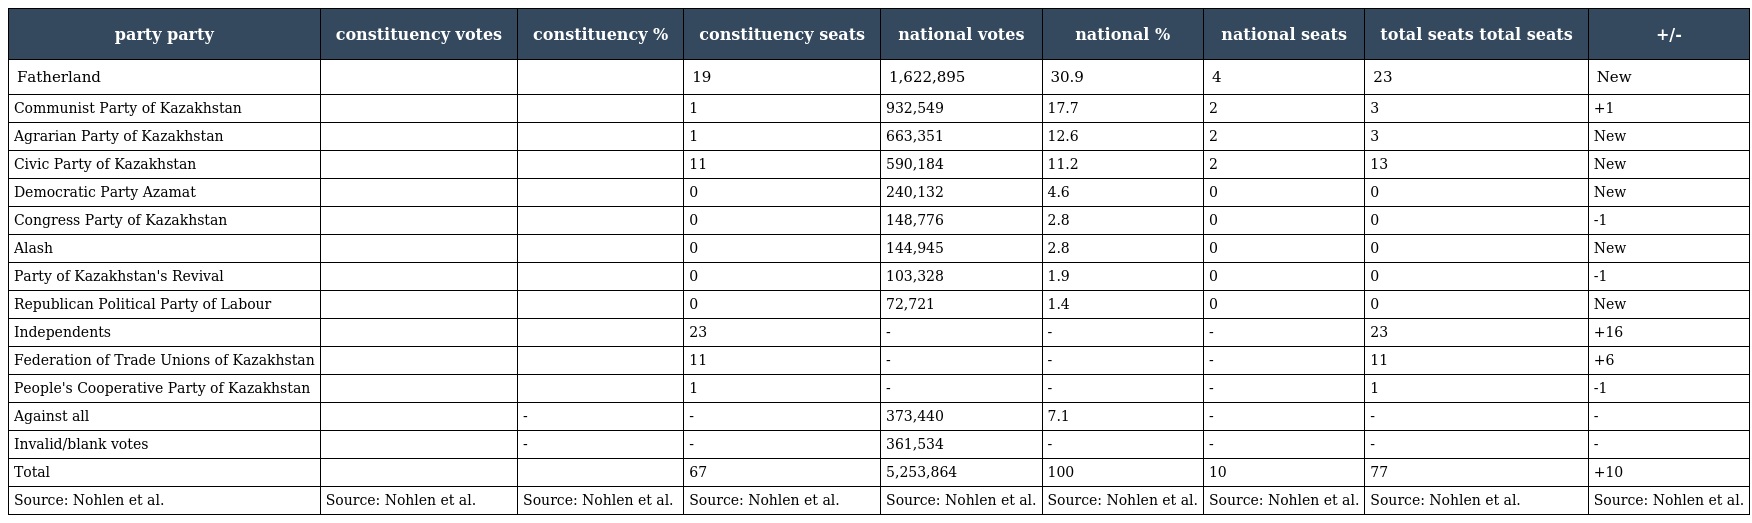
| party party | constituency votes | constituency % | constituency seats | national votes | national % | national seats | total seats total seats | +/- |
 | --- | --- | --- | --- | --- | --- | --- | --- | --- |
 | Fatherland |  |  | 19 | 1,622,895 | 30.9 | 4 | 23 | New |
 | Communist Party of Kazakhstan |  |  | 1 | 932,549 | 17.7 | 2 | 3 | +1 |
 | Agrarian Party of Kazakhstan |  |  | 1 | 663,351 | 12.6 | 2 | 3 | New |
 | Civic Party of Kazakhstan |  |  | 11 | 590,184 | 11.2 | 2 | 13 | New |
 | Democratic Party Azamat |  |  | 0 | 240,132 | 4.6 | 0 | 0 | New |
 | Congress Party of Kazakhstan |  |  | 0 | 148,776 | 2.8 | 0 | 0 | -1 |
 | Alash |  |  | 0 | 144,945 | 2.8 | 0 | 0 | New |
 | Party of Kazakhstan's Revival |  |  | 0 | 103,328 | 1.9 | 0 | 0 | -1 |
 | Republican Political Party of Labour |  |  | 0 | 72,721 | 1.4 | 0 | 0 | New |
 | Independents |  |  | 23 | - | - | - | 23 | +16 |
 | Federation of Trade Unions of Kazakhstan |  |  | 11 | - | - | - | 11 | +6 |
 | People's Cooperative Party of Kazakhstan |  |  | 1 | - | - | - | 1 | -1 |
 | Against all |  | - | - | 373,440 | 7.1 | - | - | - |
 | Invalid/blank votes |  | - | - | 361,534 | - | - | - | - |
 | Total |  |  | 67 | 5,253,864 | 100 | 10 | 77 | +10 |
 | Source: Nohlen et al. | Source: Nohlen et al. | Source: Nohlen et al. | Source: Nohlen et al. | Source: Nohlen et al. | Source: Nohlen et al. | Source: Nohlen et al. | Source: Nohlen et al. | Source: Nohlen et al. |